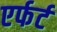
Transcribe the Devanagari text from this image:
एर्फर्ट